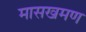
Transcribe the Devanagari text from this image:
मासखमण